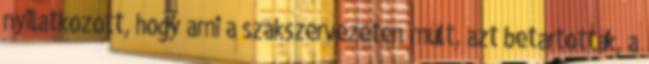
nyilatkozott, hogy ami a szakszervezeten múlt, azt betartották, a